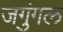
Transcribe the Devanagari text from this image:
जगुंगल